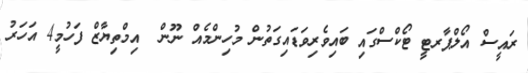
ރައީސް އޯލްޕާރޓީ ޓޯކްސްގައި ބައިވެރިވަޑައިގަތުން މުހިންމެއް ނޫން  އިމްތިޔާޒް ފަހުމީ4 އަހަރު